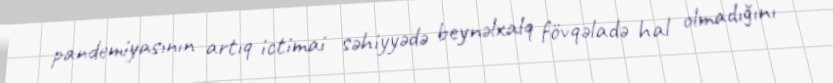
pandemiyasının artıq ictimai səhiyyədə beynəlxalq fövqəladə hal olmadığını